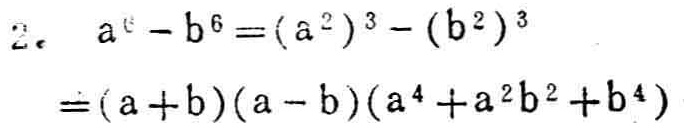
\[
\begin{align*}
a^{6}-b^{6}&=(a^{2})^{3}-(b^{2})^{3}\\
&=(a + b)(a - b)(a^{4}+a^{2}b^{2}+b^{4})
\end{align*}
\]